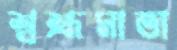
শ্বশ্রূমাতা